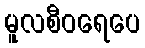
မူလစီဝရေပေ